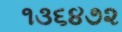
૧૩૬૪૭૨